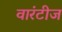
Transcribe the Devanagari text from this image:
वारंटीज